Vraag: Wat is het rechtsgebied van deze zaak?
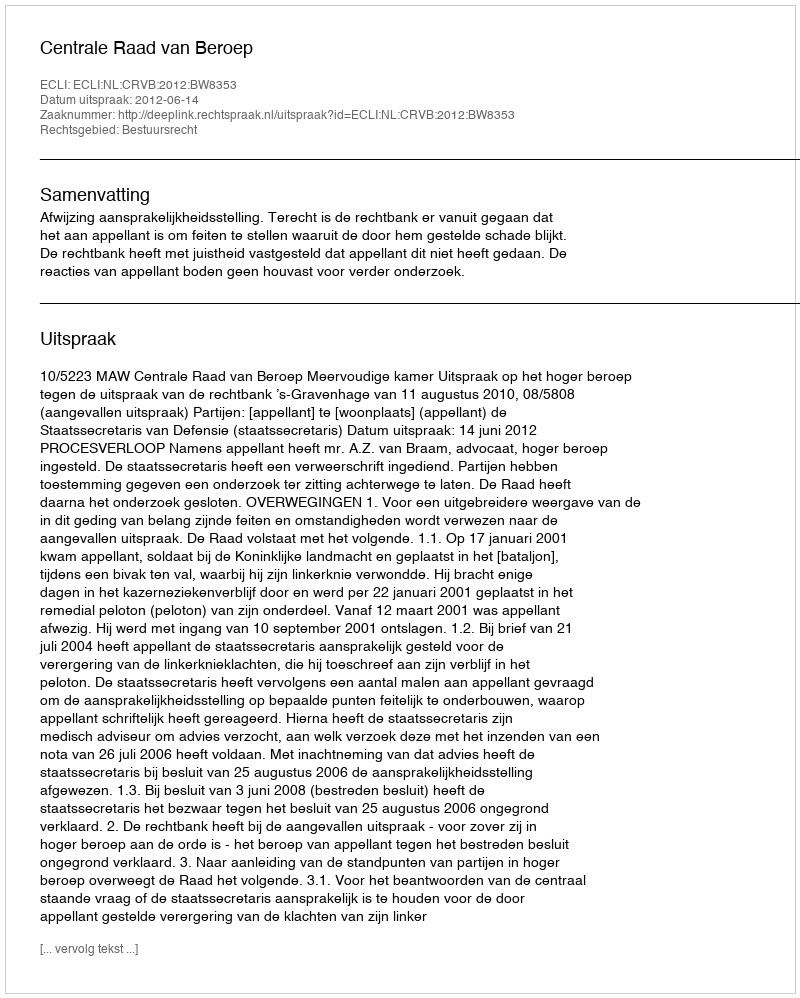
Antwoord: Bestuursrecht